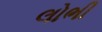
લોભી